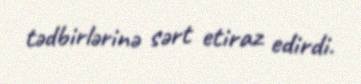
tədbirlərinə sərt etiraz edirdi.